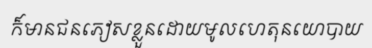
ក៏មានជនភៀសខ្លួនដោយមូលហេតុនយោបាយ